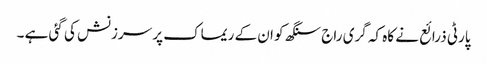
پارٹی ذرائع نے کاہ کہ گری راج سنگھ کو ان کے ریماک پر سرزنش کی گئی ہے ۔